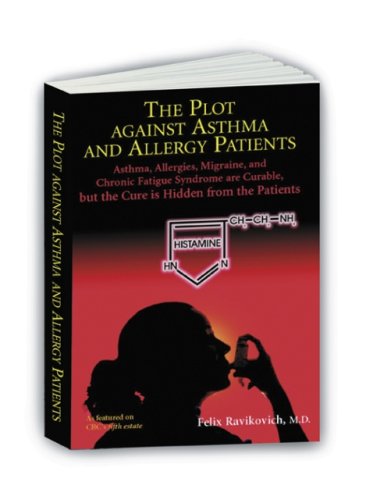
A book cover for The Plot Against Asthma and Allergy Patients: Asthma, Allergies, Migraine, Chronic Fatigue Syndrome are Curable, but the Cure is Hidden from the Patients; Felix Ravikovich; Health, Fitness & Dieting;